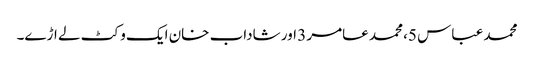
محمد عباس 5، محمد عامر 3 اور شاداب خان ایک وکٹ لے اڑے۔